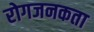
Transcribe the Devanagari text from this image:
रोगजनकता